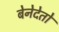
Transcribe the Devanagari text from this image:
बेनेदेतो